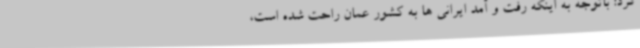
کرد: باتوجه به اینکه رفت و آمد ایرانی ها به کشور عمان راحت شده است،